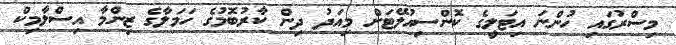
މިސްރުގައި ހުންނަ އިޓަލީގެ ކޮންސިއުލޭޓަށް މިއަދު ދިން ކާރުބޮމުގެ ހަމަލާގެ ޒިންމާ އިސްލާމިކް